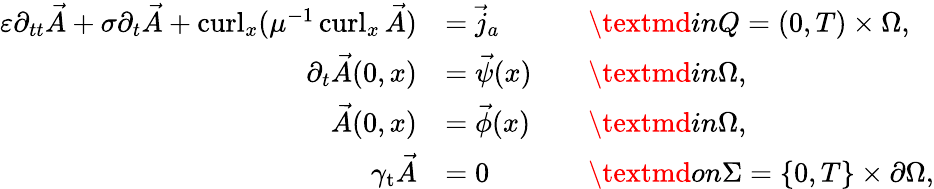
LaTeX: \begin{array}{rlrl}{\varepsilon\partial_{tt}\vec{A}+\sigma\partial_{t}\vec{A}+\operatorname{curl}_{x}(\mu^{-1}\operatorname{curl}_{x}\vec{A})}&{=\vec{j}_{a}}&&{\textmd{in}Q=(0,T)\times\Omega,}\\ {\partial_{t}\vec{A}(0,x)}&{=\vec{\psi}(x)}&&{\textmd{in}\Omega,}\\ {\vec{A}(0,x)}&{=\vec{\phi}(x)}&&{\textmd{in}\Omega,}\\ {\gamma_{\mathrm{t}}\vec{A}}&{=0}&&{\textmd{on}\Sigma=\{ 0,T\} \times\partial\Omega,}\end{array}